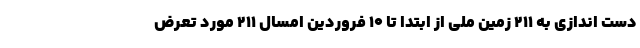
دست اندازی به ۲۱۱ زمین ملی از ابتدا تا ۱۰ فروردین امسال ۲۱۱ مورد تعرض